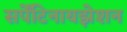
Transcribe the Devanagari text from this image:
सर्पेंटिनायझेशन